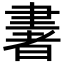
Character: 𦘠